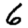
Digit: 6